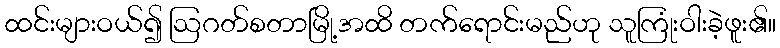
ထင်းများဝယ်၍ ဩဂတ်စတာမြို့အထိ တက်ရောင်းမည်ဟု သူကြုံးဝါးခဲ့ဖူး၏။